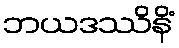
ဘယဒဿိနိံ